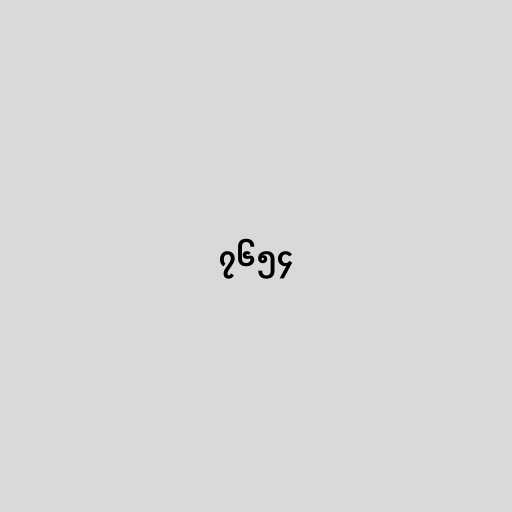
၇၆၅၄